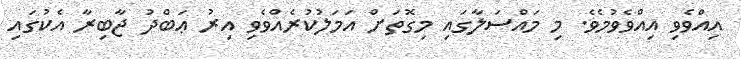
އިއްވެވި އިއްވެވުމެވެ. މި މައްސަލާގައި މިގޮތަށް އަމަލުކުރެއްވެވި އިރު ޢަބްދު ޖާބިރާ އެކުގައި